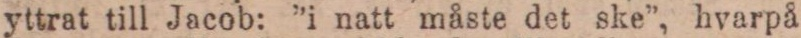
yttrat till Jacob: ”i natt måste det ske”, hvarpå